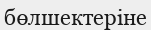
бөлшектеріне